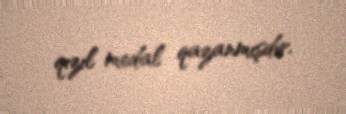
qızıl medal qazanmışdır.